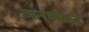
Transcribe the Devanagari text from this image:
जनज्वार